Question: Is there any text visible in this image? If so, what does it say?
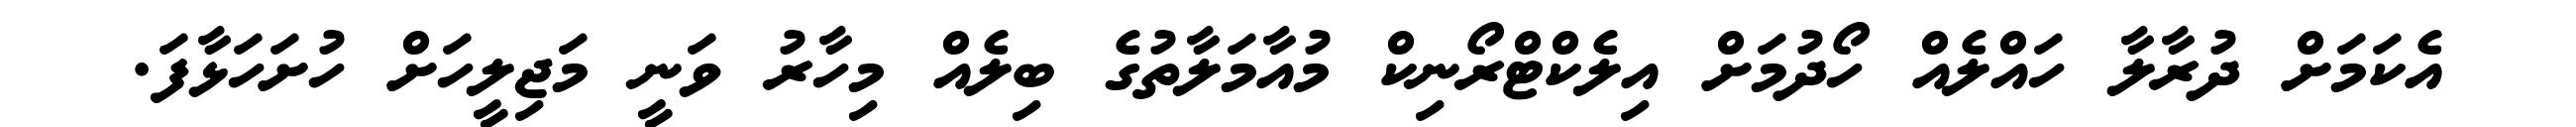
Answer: އެކަމަށް ދުރާލާ ހައްލެއް ހޯދުމަށް އިލެކްޓްރޯނިކް މުއާމަލާތުގެ ބިލެއް މިހާރު ވަނީ މަޖިލީހަށް ހުށަހަޅާފަ.